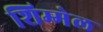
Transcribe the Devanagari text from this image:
शिम्मेल